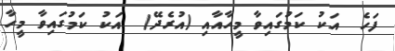
ފަހެ  އަކު ކަމުގައިވާ މީހާއާއި (އުރެދޭ)  އަކު ކަމުގައިވާ މީހާ